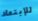
للإبتعاد